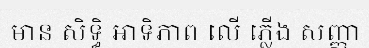
មាន សិទ្ធិ អាទិភាព លើ ភ្លើង សញ្ញា